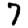
Digit: 7